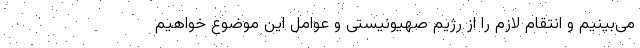
می‌بینیم و انتقام لازم را از رژیم صهیونیستی و عوامل این موضوع خواهیم